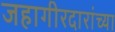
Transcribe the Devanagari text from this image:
जहागीरदारांच्या